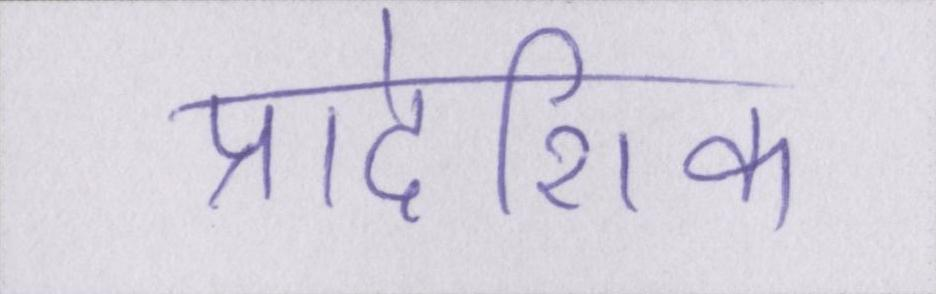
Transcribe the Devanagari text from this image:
प्रादेशिक